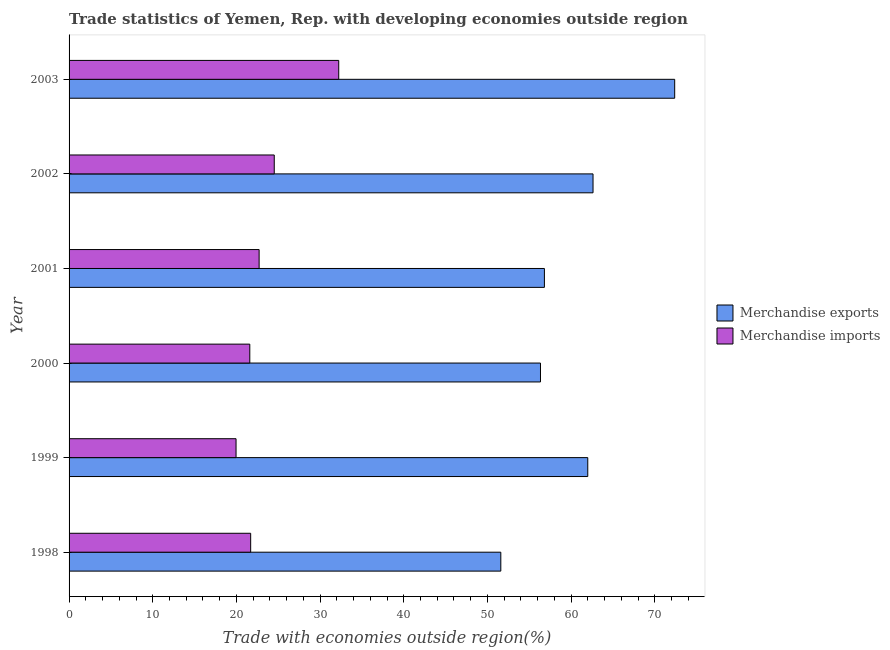
| Year | Merchandise exports | Merchandise imports |
 | --- | --- | --- |
 | 1998 | 51.6 | 21.7 |
 | 1999 | 62 | 20 |
 | 2000 | 56.3 | 21.6 |
 | 2001 | 56.8 | 22.7 |
 | 2002 | 62.6 | 24.5 |
 | 2003 | 72.4 | 32.2 |